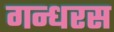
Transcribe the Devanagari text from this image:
गन्धरस